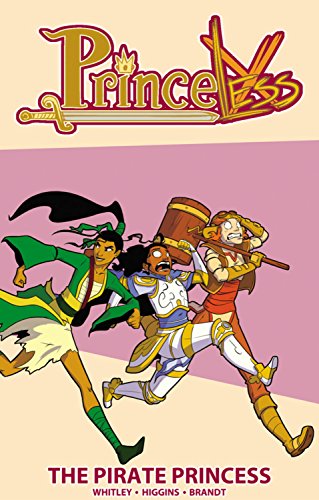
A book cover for Princeless Volume 3: The Pirate Princess (Princeless Tp); Jeremy Whitley; Children's Books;